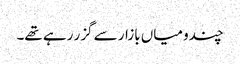
چندو میاں بازار سے گزر رہے تھے۔